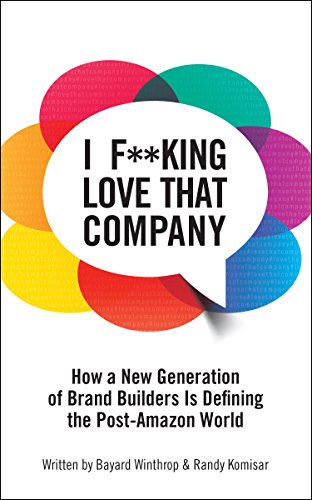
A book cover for I F**king Love That Company: How a New Generation of Brand Builders is Defining the Post-Amazon World; Bayard Winthrop; Business & Money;